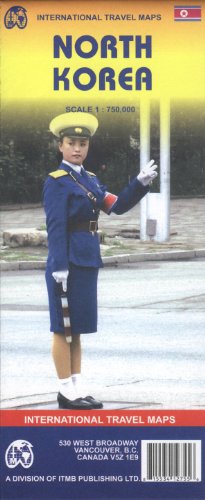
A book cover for North Korea 1:750,000 Travel Reference Map (International Travel Maps); ITM Canada; Travel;